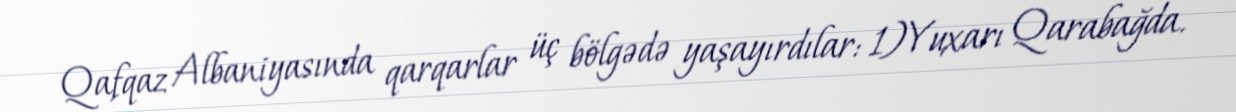
Qafqaz Albaniyasında qarqarlar üç bölgədə yaşayırdılar: 1)Yuxarı Qarabağda.